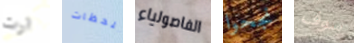
ارت بلحظات الفاصولياء نجحوا سوف